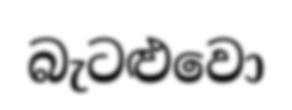
බැටළුවො